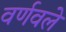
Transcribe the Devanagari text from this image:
वर्णवले